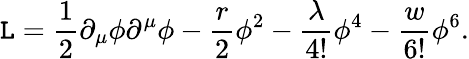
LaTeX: {\cal\mathtt{L}}=\frac{{1}}{{2}}\partial_{\mu}\phi\partial^{\mu}\phi-\frac{{r}}{{2}}\phi^{2}-\frac{{\lambda}}{{4!}}\phi^{4}-\frac{{w}}{{6!}}\phi^{6}.